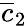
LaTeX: \overline{{c}}_{2}